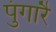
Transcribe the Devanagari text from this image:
पुंगारै